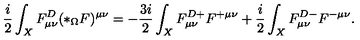
\frac { i } { 2 } \int _ { X } F _ { \mu \nu } ^ { D } ( * _ { \Omega } F ) ^ { \mu \nu } = - \frac { 3 i } { 2 } \int _ { X } F _ { \mu \nu } ^ { D + } F ^ { + \mu \nu } + \frac { i } { 2 } \int _ { X } F _ { \mu \nu } ^ { D - } F ^ { - \mu \nu } .